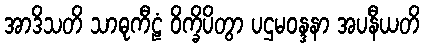
အာဒိသတိ သာဓုကီဠံ ဝိက္ခိပိတွာ ပဌမဝန္ဒနာ အပနီယတိ